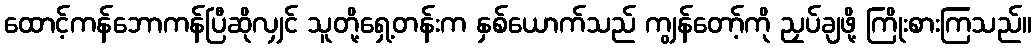
ထောင့်ကန်ဘောကန်ပြီဆိုလျှင် သူတို့ရှေ့တန်းက နှစ်ယောက်သည် ကျွန်တော့်ကို ညှပ်ချဖို့ ကြိုးစားကြသည်။